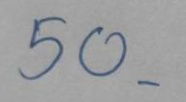
50